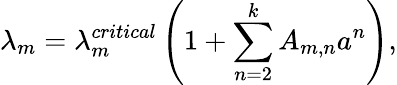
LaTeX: \lambda_{m}=\lambda_{m}^{critical}\left(1+\sum_{n=2}^{k}A_{m,n}a^{n}\right),